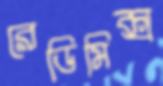
রেডিমিক্স